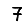
Digit: 7